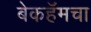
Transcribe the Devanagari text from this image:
बेकहॅमचा